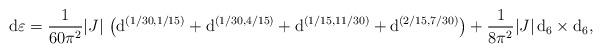
LaTeX: \begin{align*}\mathrm{d}\varepsilon = \frac{1}{60\pi^2} |J| \, \left( \mathrm{d}^{(1/30,1/15)} + \mathrm{d}^{(1/30,4/15)} + \mathrm{d}^{(1/15,11/30)} + \mathrm{d}^{(2/15,7/30)} \right) + \frac{1}{8\pi^2} |J| \, \mathrm{d}_6 \times \mathrm{d}_6,\end{align*}